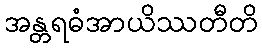
အန္တရဓံအာယိဿတီတိ